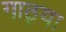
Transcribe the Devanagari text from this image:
गाठ्या